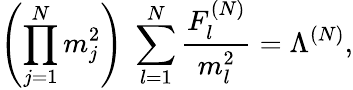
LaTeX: \left(\prod_{j=1}^{N}m_{j}^{2}\right)\; \sum_{l=1}^{N}\frac{F_{l}^{(N)}}{m_{l}^{2}}=\Lambda^{(N)},